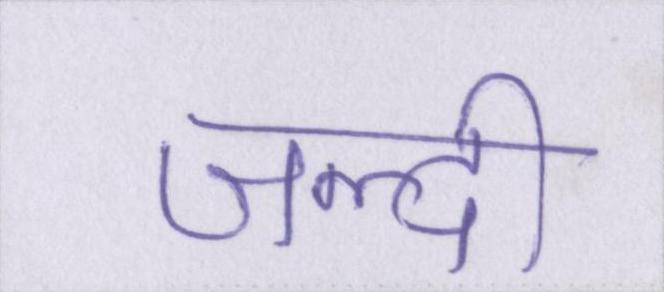
जल्दी